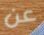
عن